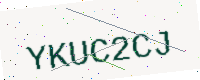
Text: YKUC2CJ